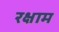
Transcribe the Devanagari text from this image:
रक्षाम